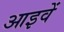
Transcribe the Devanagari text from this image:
आइवें